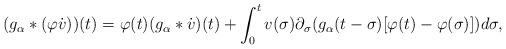
LaTeX: \begin{align*}(g_{\alpha}*(\varphi\dot{v}))(t) = \varphi(t)(g_{\alpha}*\dot{v})(t)+ \int_{0}^{t}v(\sigma)\partial_{\sigma}(g_{\alpha}(t-\sigma)[\varphi(t)-\varphi(\sigma)])d\sigma,\end{align*}